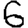
Digit: 6